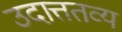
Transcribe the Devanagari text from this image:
उदात्ततव्य